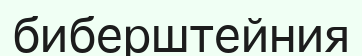
биберштейния